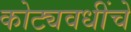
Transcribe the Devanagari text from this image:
कोट्यवधींचे